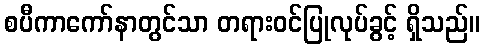
စပီကာကော်နာတွင်သာ တရားဝင်ပြုလုပ်ခွင့် ရှိသည်။